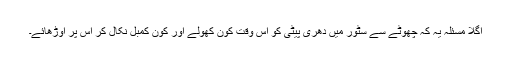
اگلا مسئلہ یہ کہ چھوٹے سے سٹور میں دھری پیٹی کو اس وقت کون کھولے اور کون کمبل نکال کر اس پر اوڑھائے۔